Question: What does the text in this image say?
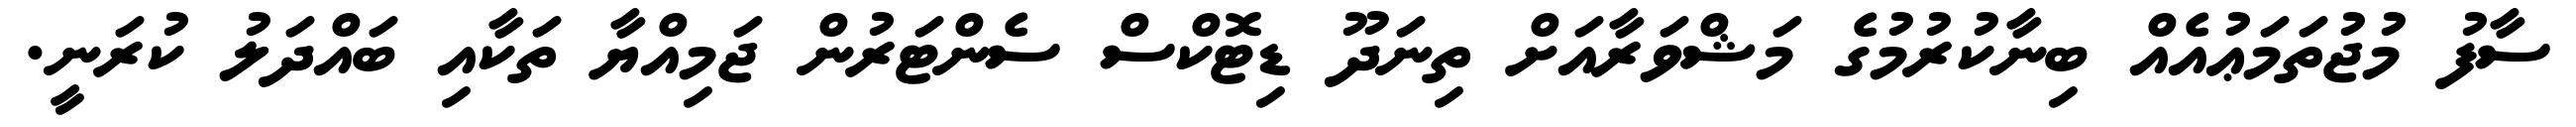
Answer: ސާފު މުޖުތަމަޢުއެއް ބިނާކުރުމުގެ މަޝްވަރާއަށް ތިނަދޫ ޑިޓޮކްސް ސެންޓަރުން ޖަމިއްޔާ ތަކާއި ބައްދަލު ކުރަނީ.